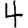
Digit: 4